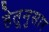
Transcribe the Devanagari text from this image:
हेतूनुसार